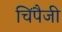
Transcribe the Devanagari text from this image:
चिंपैजी